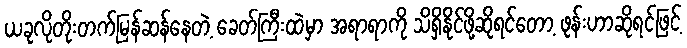
ယခုလိုတိုးတက်မြန်ဆန်နေတဲ့ ခေတ်ကြီးထဲမှာ အရာရာကို သိရှိနိုင်ဖို့ဆိုရင်တော့ ဖုန်းဟာဆိုရင်ဖြင့်